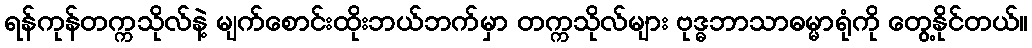
ရန်ကုန်တက္ကသိုလ်နဲ့ မျက်စောင်းထိုးဘယ်ဘက်မှာ တက္ကသိုလ်များ ဗုဒ္ဓဘာသာဓမ္မာရုံကို တွေ့နိုင်တယ်။